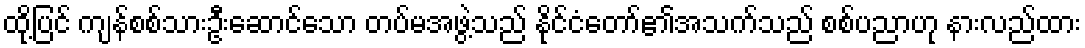
ထို့ပြင် ကျန်စစ်သားဦးဆောင်သော တပ်မအဖွဲ့သည် နိုင်ငံတော်၏အသက်သည် စစ်ပညာဟု နားလည်ထား